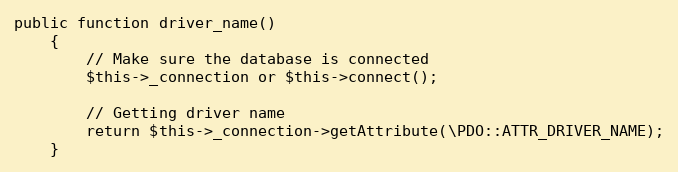
Language: PHP
public function driver_name()
	{
		// Make sure the database is connected
		$this->_connection or $this->connect();

		// Getting driver name
		return $this->_connection->getAttribute(\PDO::ATTR_DRIVER_NAME);
	}